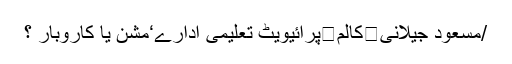
/مسعود جیلانی	کالم	پرائیویٹ تعلیمی ادارے‘مشن یا کاروبار ؟